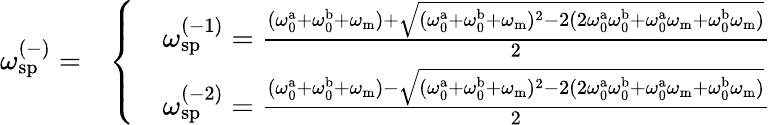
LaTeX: \omega_{\mathrm{sp}}^{(-)}=\begin{array}{rl}&{\left\{ \begin{array}{ll}&{\omega_{\mathrm{sp}}^{(-1)}=\frac{(\omega_{\mathrm{0}}^{\mathrm{a}}+\omega_{\mathrm{0}}^{\mathrm{b}}+\omega_{\mathrm{m}})+\sqrt{(\omega_{\mathrm{0}}^{\mathrm{a}}+\omega_{\mathrm{0}}^{\mathrm{b}}+\omega_{\mathrm{m}})^{2}-2(2\omega_{\mathrm{0}}^{\mathrm{a}}\omega_{\mathrm{0}}^{\mathrm{b}}+\omega_{\mathrm{0}}^{\mathrm{a}}\omega_{\mathrm{m}}+\omega_{\mathrm{0}}^{\mathrm{b}}\omega_{\mathrm{m}})}}{2}}\\ &{\omega_{\mathrm{sp}}^{(-2)}=\frac{(\omega_{\mathrm{0}}^{\mathrm{a}}+\omega_{\mathrm{0}}^{\mathrm{b}}+\omega_{\mathrm{m}})-\sqrt{(\omega_{\mathrm{0}}^{\mathrm{a}}+\omega_{\mathrm{0}}^{\mathrm{b}}+\omega_{\mathrm{m}})^{2}-2(2\omega_{\mathrm{0}}^{\mathrm{a}}\omega_{\mathrm{0}}^{\mathrm{b}}+\omega_{\mathrm{0}}^{\mathrm{a}}\omega_{\mathrm{m}}+\omega_{\mathrm{0}}^{\mathrm{b}}\omega_{\mathrm{m}})}}{2}}\end{array}\right.}\end{array}